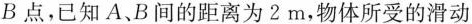
B点，已知A、B间的距离为2m，物体所受的滑动